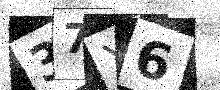
Text: 37X6